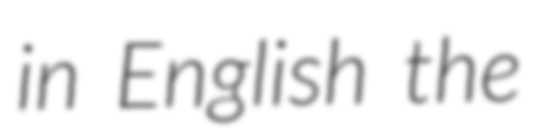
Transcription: in English the